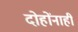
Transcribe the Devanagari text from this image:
दोहोंनाही